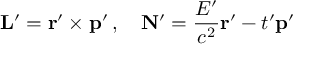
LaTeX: \mathbf { L } ^ { \prime } = \mathbf { r } ^ { \prime } \times \mathbf { p } ^ { \prime } \, , \quad \mathbf { N } ^ { \prime } = { \frac { E ^ { \prime } } { c ^ { 2 } } } \mathbf { r } ^ { \prime } - t ^ { \prime } \mathbf { p } ^ { \prime }